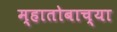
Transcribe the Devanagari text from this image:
म्हातोबाच्या